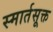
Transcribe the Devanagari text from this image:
स्मार्तसूक्त